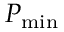
P _ { \mathrm { m i n } }